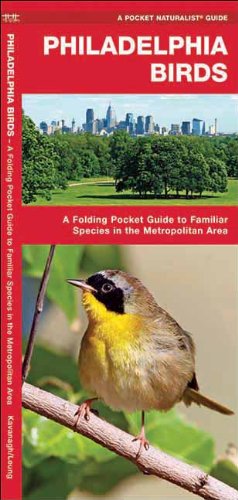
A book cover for Philadelphia Birds: A Folding Pocket Guide to Familiar Species in the Metropolitan Area (Pocket Naturalist Guide Series); James Kavanagh; Travel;